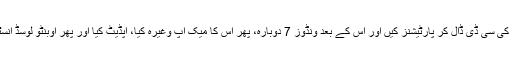
ایکس پی کی سی ڈی ڈال کر پارٹیشنز کیں اور اس کے بعد ونڈوز 7 دوبارہ، پھر اس کا میک اپ وغیرہ کیا، اپڈیٹ کیا اور پھر اوبنٹو لوسڈ انسٹال کرلیا۔